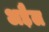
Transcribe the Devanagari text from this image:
अड़ैल